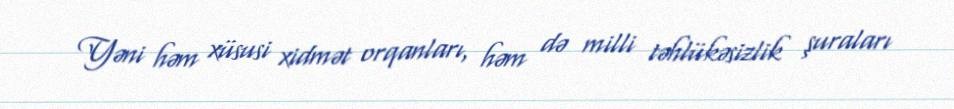
Yəni həm xüsusi xidmət orqanları, həm də milli təhlükəsizlik şuraları